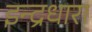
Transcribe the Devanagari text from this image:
इन्द्रधारा